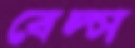
বেল্স